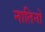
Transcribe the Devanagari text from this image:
नातिनों